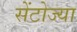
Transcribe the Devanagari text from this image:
सेंटोज्या